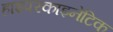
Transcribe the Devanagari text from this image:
हाइपरकाइनेटिक